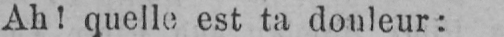
Ah! quelle est ta douleur: